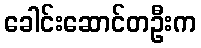
ခေါင်းဆောင်တဦးက